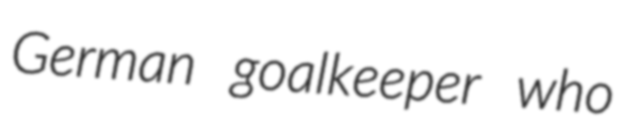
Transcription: German goalkeeper who